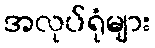
အလုပ်ရုံများ